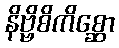
နိဗ္ဗိစိကိစ္ဆော